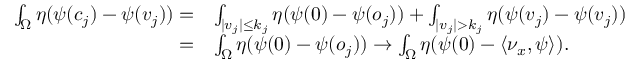
\begin{array} { r l } { \int _ { \Omega } \eta ( \psi ( c _ { j } ) - \psi ( v _ { j } ) ) = } & { \int _ { | v _ { j } | \leq k _ { j } } \eta ( \psi ( 0 ) - \psi ( o _ { j } ) ) + \int _ { | v _ { j } | > k _ { j } } \eta ( \psi ( v _ { j } ) - \psi ( v _ { j } ) ) } \\ { = } & { \int _ { \Omega } \eta ( \psi ( 0 ) - \psi ( o _ { j } ) ) \to \int _ { \Omega } \eta ( \psi ( 0 ) - \langle \nu _ { x } , \psi \rangle ) . } \end{array}